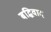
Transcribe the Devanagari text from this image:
बद्धिवाद